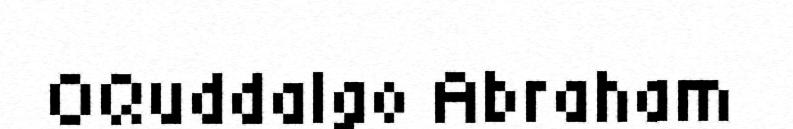
OQuddalgo Abraham